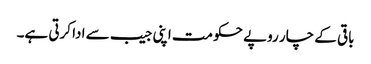
باقی کے چار روپے حکومت اپنی جیب سے ادا کرتی ہے۔